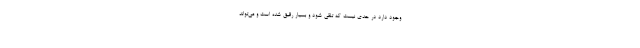
وجود دارد در حدی نیست که تلقی شود و بسیار رقیق شده است و می‌تواند